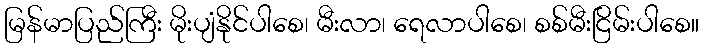
မြန်မာပြည်ကြီး မိုးပျံနိုင်ပါစေ၊ မီးလာ၊ ရေလာပါစေ၊ စစ်မီးငြိမ်းပါစေ။